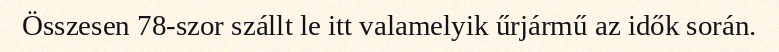
Összesen 78-szor szállt le itt valamelyik űrjármű az idők során.